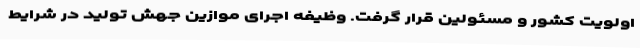
اولویت کشور و مسئولین قرار گرفت. وظیفه اجرای موازین جهش تولید در شرایط